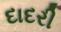
દાદરી